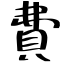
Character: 費